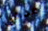
مدعي